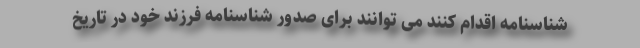
شناسنامه اقدام کنند می توانند برای صدور شناسنامه فرزند خود در تاریخ